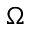
\Omega